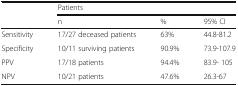
<table><thead><tr><td rowspan="2"></td><td colspan="3"><b>Patients</b></td></tr><tr><td><b>n</b></td><td><b>%</b></td><td><b>95% CI</b></td></tr></thead><tbody><tr><td>Sensitivity</td><td>17/27 deceased patients</td><td>63%</td><td>44.8-81.2</td></tr><tr><td>Specificity</td><td>10/11 surviving patients</td><td>90.9%</td><td>73.9-107.9</td></tr><tr><td>PPV</td><td>17/18 patients</td><td>94.4%</td><td>83.9- 105</td></tr><tr><td>NPV</td><td>10/21 patients</td><td>47.6%</td><td>26.3-67</td></tr></tbody></table>